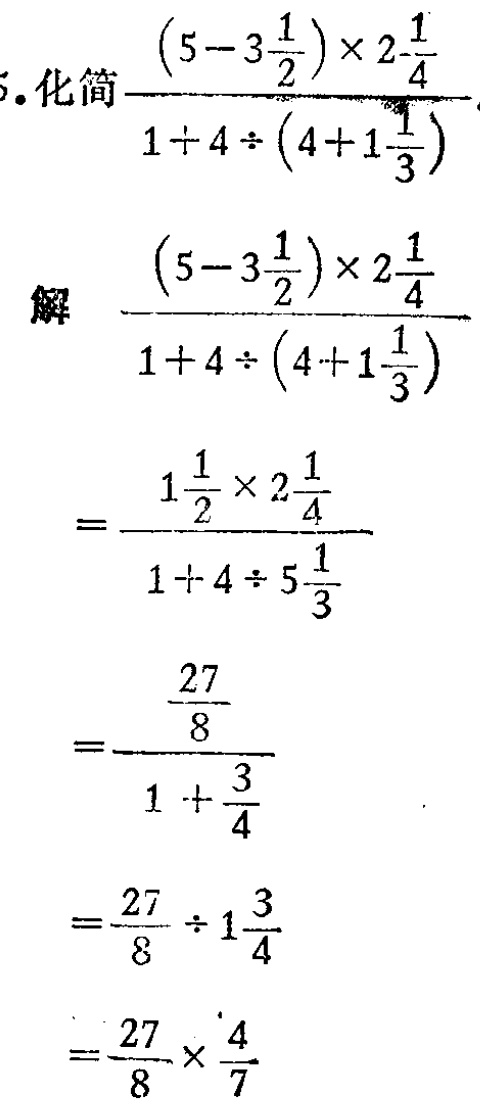
\[

\begin{align*}

&\text{化简}\frac{(5 - 3\frac{1}{2})\times2\frac{1}{4}}{1 + 4\div(4 + 1\frac{1}{3})}\\

\text{解}&\frac{(5 - 3\frac{1}{2})\times2\frac{1}{4}}{1 + 4\div(4 + 1\frac{1}{3})}\\

=&\frac{1\frac{1}{2}\times2\frac{1}{4}}{1 + 4\div5\frac{1}{3}}\\

=&\frac{\frac{27}{8}}{1+\frac{3}{4}}\\

=&\frac{27}{8}\div1\frac{3}{4}\\

=&\frac{27}{8}\times\frac{4}{7}

\end{align*}

\]